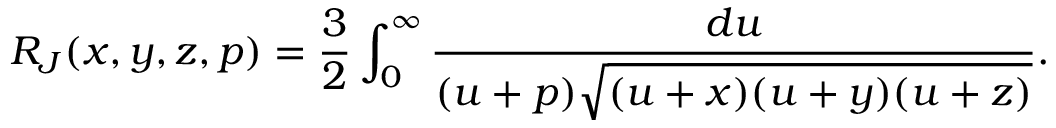
R _ { J } ( x , y , z , p ) = \frac { 3 } { 2 } \int _ { 0 } ^ { \infty } \frac { d u } { ( u + p ) \sqrt { ( u + x ) ( u + y ) ( u + z ) } } .